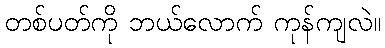
တစ်ပတ်ကို ဘယ်လောက် ကုန်ကျလဲ။